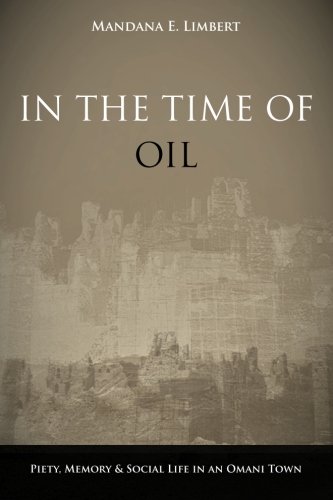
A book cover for In the Time of Oil: Piety, Memory, and Social Life in an Omani Town; Mandana Limbert; History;